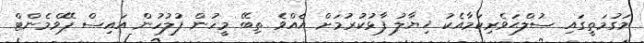
މަގުމަތީގައި ސުލްޙަވެރިކަމާއެކު ޚިޔާލު ފާޅުކުރުމަށް އެއްވެ ތިބޭ މީހުން ފުލުހުން އައިސް ޕޭވްމެންޓް